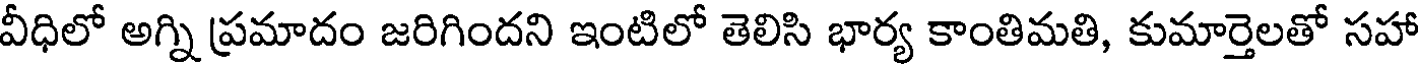
వీధిలో అగ్ని ప్రమాదం జరిగిందని ఇంటిలో తెలిసి భార్య కాంతిమతి, కుమార్తెలతో సహా